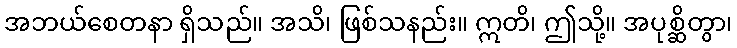
အဘယ်စေတနာ ရှိသည်။ အသိ၊ ဖြစ်သနည်း။ ဣတိ၊ ဤသို့။ အပုစ္ဆိတွာ၊